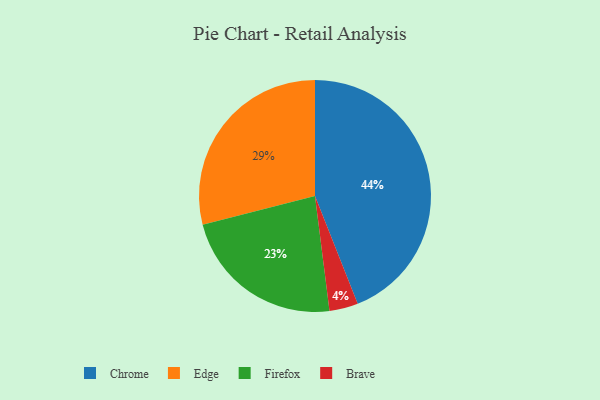
{"axis": {"x": "Category", "y": "Percentage"}, "legend": ["Brave", "Chrome", "Edge", "Firefox"], "data": [{"x": "Chrome", "y": 44, "type": "Chrome"}, {"x": "Edge", "y": 29, "type": "Edge"}, {"x": "Brave", "y": 4, "type": "Brave"}, {"x": "Firefox", "y": 23, "type": "Firefox"}]}